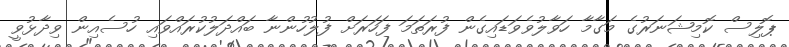
ޕޮލިސް ކޮމިޝަނަރުގެ މަގާމާ ހަވާލުވެވަޑައިގެން ފުރަތަމަ ފަހަރަށް ފުލުހުންނާ ބައްދަލުކުރައްވައި ހުސެއިން ވިދާޅުވީ